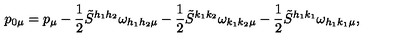
p _ { 0 \mu } = p _ { \mu } - \frac { 1 } { 2 } \tilde { S } ^ { h _ { 1 } h _ { 2 } } \omega _ { h _ { 1 } h _ { 2 } \mu } - \frac { 1 } { 2 } \tilde { S } ^ { k _ { 1 } k _ { 2 } } \omega _ { k _ { 1 } k _ { 2 } \mu } - \frac { 1 } { 2 } \tilde { S } ^ { h _ { 1 } k _ { 1 } } \omega _ { h _ { 1 } k _ { 1 } \mu } ,